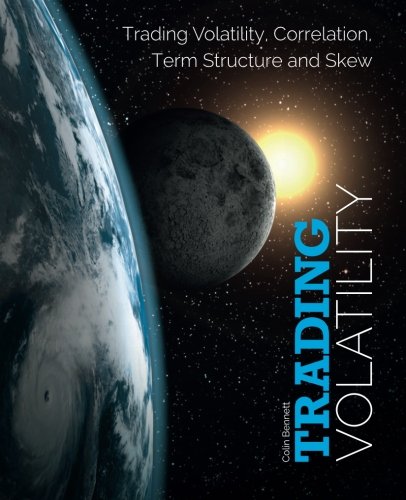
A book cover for Trading Volatility: Trading Volatility, Correlation, Term Structure and Skew; Colin Bennett; Education & Teaching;